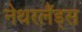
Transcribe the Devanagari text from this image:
नेथरलैंड्स